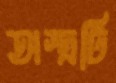
অস্ত্রটি